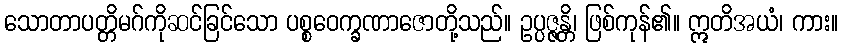
သောတာပတ္တိမဂ်ကိုဆင်ခြင်သော ပစ္စဝေက္ခဏာဇောတို့သည်။ ဥပ္ပဇ္ဇန္တိ၊ ဖြစ်ကုန်၏။ ဣတိအယံ၊ ကား။